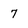
Character: 7